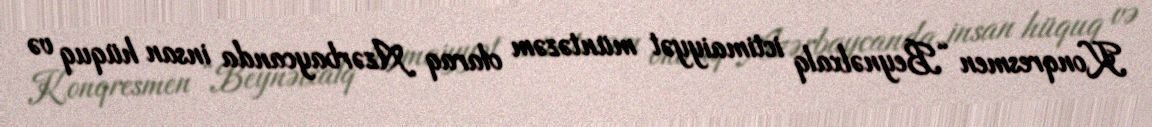
Konqresmen “Beynəlxalq ictimaiyyət müntəzəm olaraq Azərbaycanda insan hüquq və